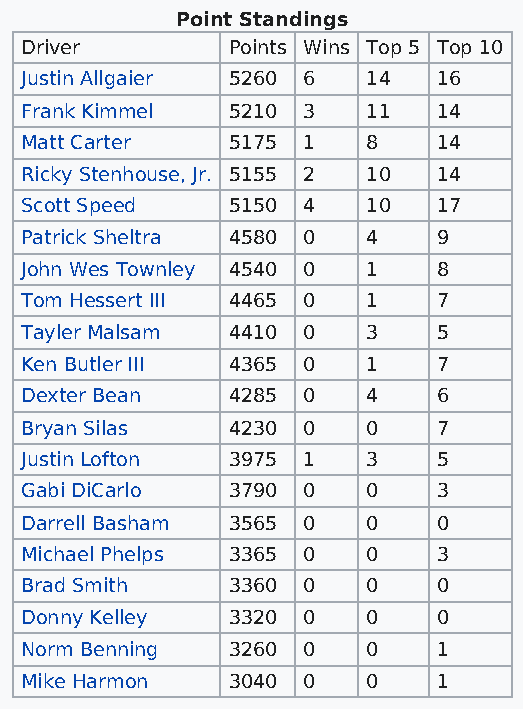
Point Standings
 Driver        Points Wins Top 5 Top 10
 Justin Allgaier 5260 6 14   16
 Frank Kimmel  5210 3   11   14
 Matt Carter   5175 1   8    14
 Ricky Stenhouse, Jr. 5155 2 10 14
 Scott Speed   5150 4   10   17
 Patrick Sheltra 4580 0 4    9
 John Wes Townley 4540 0 1   8
 Tom Hessert III 4465 0 1    7
 Tayler Malsam 4410 0   3    5
 Ken Butler III 4365 0  1    7
 Dexter Bean   4285 0   4    6
 Bryan Silas   4230 0   0    7
 Justin Lofton 3975 1   3    5
 Gabi DiCarlo  3790 0   0    3
 Darrell Basham 3565 0  0    0
 Michael Phelps 3365 0  0    3
 Brad Smith    3360 0   0    0
 Donny Kelley  3320 0   0    0
 Norm Benning  3260 0   0    1
 Mike Harmon   3040 0   0    1